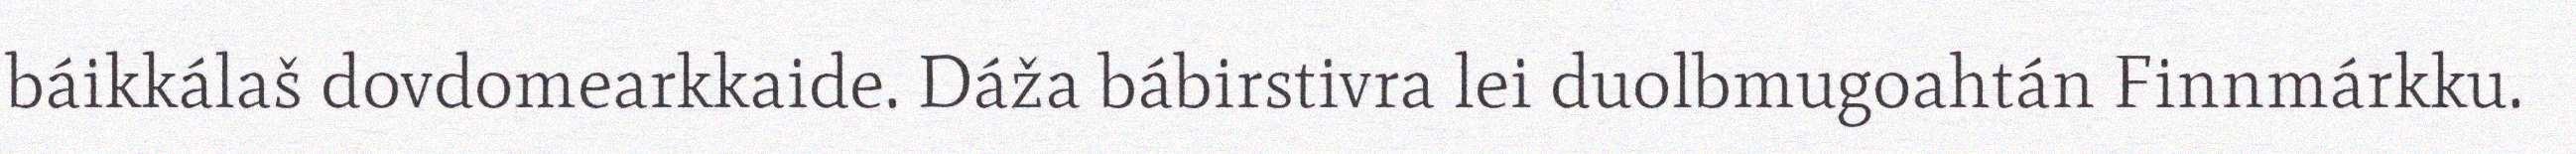
báikkálaš dovdomearkkaide. Dáža bábirstivra lei duolbmugoahtán Finnmárkku.